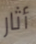
أثار